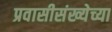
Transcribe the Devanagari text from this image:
प्रवासीसंख्येच्या